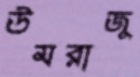
উমরাজু